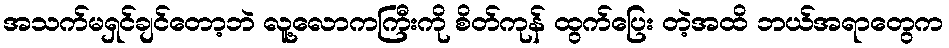
အသက်မရှင်ချင်တော့ဘဲ လူ့လောကကြီးကို စိတ်ကုန် ထွက်ပြေး တဲ့အထိ ဘယ်အရာတွေက